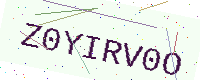
Text: Z0YIRV0O